Civil Veterinary Dept. Bombay admin report 1923-31 - 1923-1931
Year: 1923
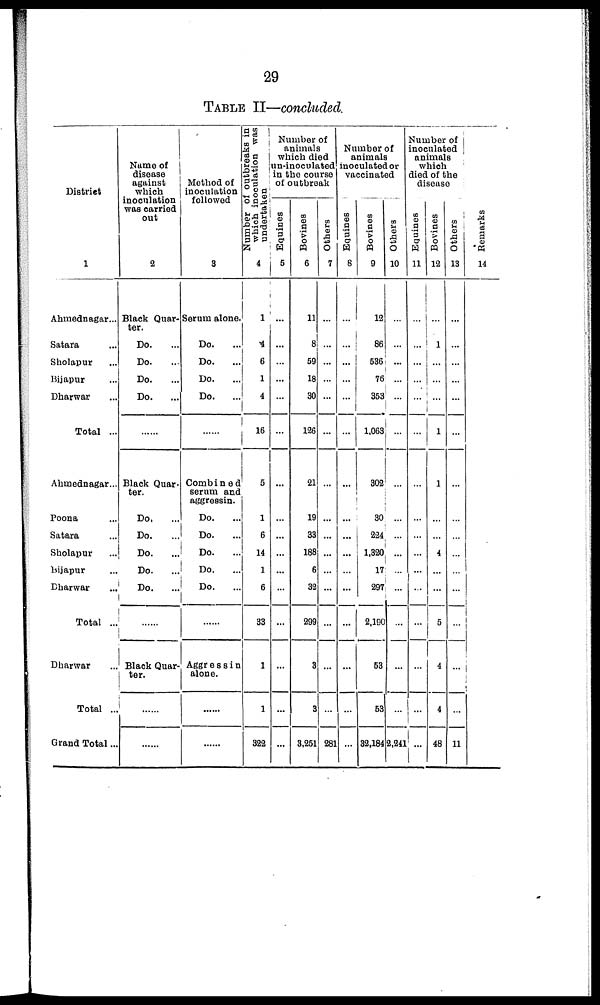
29
TABLE II—concluded.
District
1
Ahmednagar...
Satara ...
Sholapur ...
Bijapur ...
Dharwar ...
Total ..
Ahmednagar...
Poona ...
Satara ...
Sholapur ...
Bijapur ...
Dharwar ...
Total ...
Dharwar ...
Total ..
Grand Total...
Name of
disease
against
which
inoculation
was carried
out
2
Black Quar-
ter.
Do. ...
Do. ...
Do. ...
Do. ...
......
Black Quar-
ter.
Do. ...
Do. ...
Do. ...
Do. ...
Do.
...
......
Black Quar-
ter.
......
......
Method of
inoculation
followed
3
Serum alone.
Do. ...
Do. ...
Do. ...
Do. ...
......
Combined
serum and
aggressin.
Do. ...
Do. ...
Do.
...
Do. ...
Do. ...
......
Aggressin
alone.
......
......
Number of outbreaks in
which inoculation was
undertaken
4
1
4
6
1
4
16
5
1
6
14
1
6
33
1
1
322
Number of
animals
which died
un-inoculated
in the course
of outbreak
Equines
5
...
...
...
...
...
...
...
...
...
...
...
...
...
...
...
...
Bovines
6
11
8
59
18
30
126
21
19
33
188
6
32
299
3
3
3,251
Others
|
7
...
...
...
...
...
...
...
...
...
...
...
...
...
...
...
281
Number of
animals
inoculated or
vaccinated
Equines
8
...
...
...
...
...
...
...
...
...
...
...
...
...
...
...
...
Bovines
9
12
86
536
76
353
1,063
302
30
224
1,320
17
297
2.190
53
53
32,184
Others
10
...
...
...
...
...
...
...
...
...
...
...
...
...
...
...
2,241
Number of
inoculated
animals
which
died of the
disease
Equines
11
...
...
...
...
...
...
...
...
...
...
...
...
...
...
...
...
Bovines
12
...
1
...
...
...
1
1
...
...
4
...
...
5
4
4
48
Others
13
...
...
...
...
...
...
...
...
...
...
...
...
...
...
...
11
Remarks
14